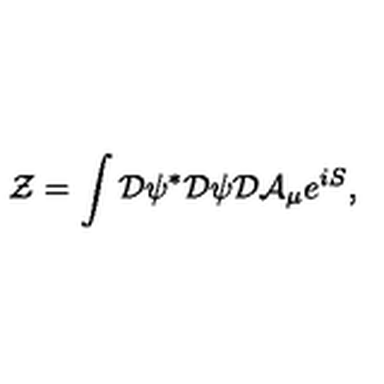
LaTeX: { \cal Z } = \int { \cal D } \psi ^ { * } { \cal D } \psi { \cal D } { \cal A } _ { \mu } e ^ { i S } ,